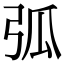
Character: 弧